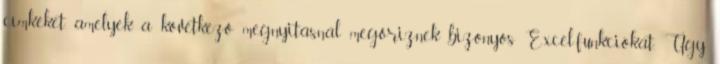
címkéket, amelyek a következő megnyitásnál megőriznek bizonyos Excel-funkciókat. Úgy